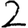
Digit: 2